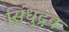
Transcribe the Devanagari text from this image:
सिंधुद्रव